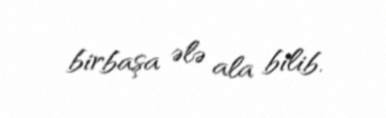
birbaşa ələ ala bilib.